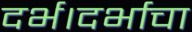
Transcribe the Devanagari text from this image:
दर्भ।दर्भाचा